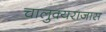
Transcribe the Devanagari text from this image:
चालुक्यराजास